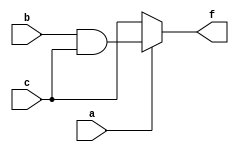
/*module xyz (input a, b, c, output reg f);
	always @ (*)
		if (a == 1) f = b & c;
endmodule
*/
module xyz (input a, b, c, output reg f);
	always @ (*)
		begin
			f = c;
			if (a == 1) f = b & c;
		end
endmodule